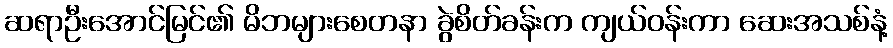
ဆရာဦးအောင်မြင်၏ မိဘများစေတနာ ခွဲစိတ်ခန်းက ကျယ်ဝန်းကာ ဆေးအသစ်နံ့